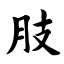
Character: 肢